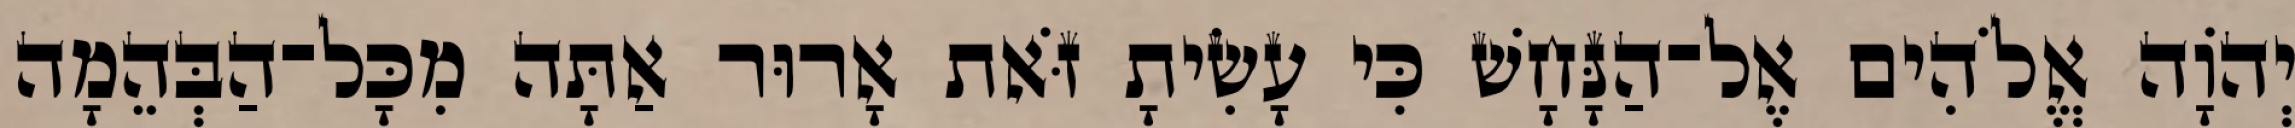
יְהֹוָה אֱלֹהִים אֶל־הַנָּחָשׁ כִּי עָשִׂיתָ זֹּאת אָרוּר אַתָּה מִכָּל־הַבְּהֵמָה